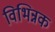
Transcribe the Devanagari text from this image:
विभिन्नक